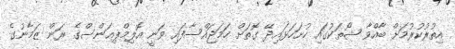
އިތުރުކުރުމަށް ބާއްވާ ޝޯތަކުގައި ހުށަހަޅައިދޭ ގޮތަށް ހަމަޖައްސާފައި ވަނީ އޮލިމްޕިއަންސްގެ ރަން ޒަމާނުގެ